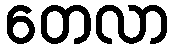
တေလာ